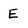
Character: E